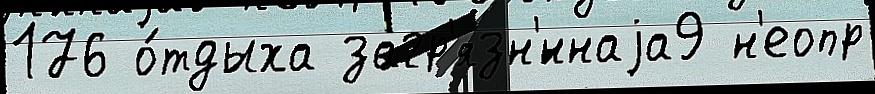
176 о́тдыха загр'язн'́ннаjа9 н'еопр